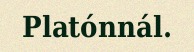
Platónnál.